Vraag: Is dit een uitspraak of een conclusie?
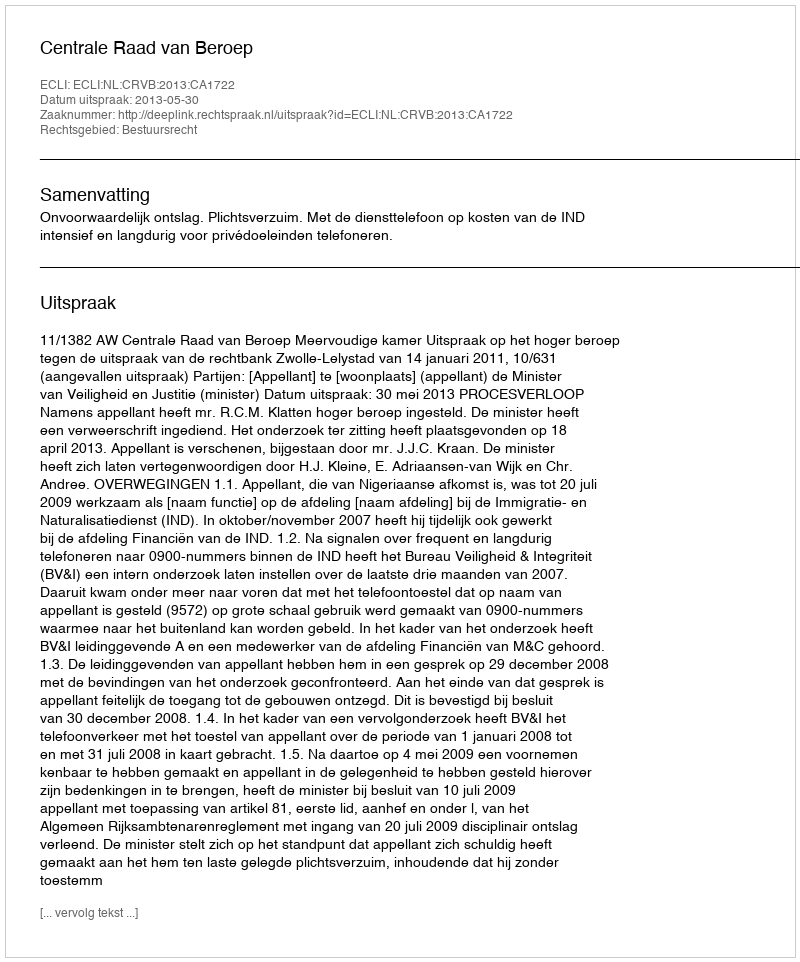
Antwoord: Uitspraak